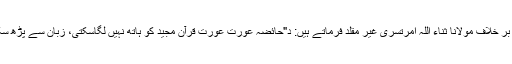
اس کے بر خلاف مولانا ثناء اللہ امرتسری غیر مقلد فرماتے ہیں: د"حائضہ عورت عورت قرآن مجید کو ہاتھ نہیں لگاسکتی، زبان سے پڑھ سکتی ہے۔